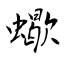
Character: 蠍